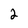
Character: 2